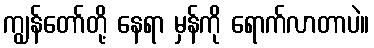
ကျွန်တော်တို့ နေရာ မှန်ကို ရောက်လာတာပဲ။